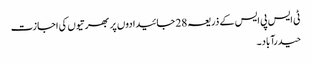
ٹی ایس پی ایس کے ذریعہ 28 جائیدادوں پر بھرتیوں کی اجازت
حیدرآباد۔